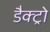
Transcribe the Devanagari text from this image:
डैक्ट्रो